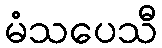
မံသပေသီ